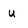
Character: u